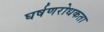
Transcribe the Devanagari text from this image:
घर्षणरोधकता